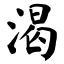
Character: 渴